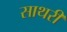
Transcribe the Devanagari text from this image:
साथरी